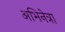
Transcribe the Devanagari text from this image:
अभिनेत्रा